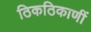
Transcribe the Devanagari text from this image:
ठिकठिकाणीं